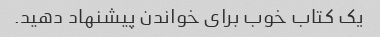
یک کتاب خوب برای خواندن پیشنهاد دهید.